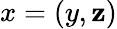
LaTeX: x=\left(y,\mathbf{z}\right)